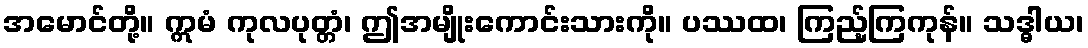
အမောင်တို့။ ဣမံ ကုလပုတ္တံ၊ ဤအမျိုးကောင်းသားကို။ ပဿထ၊ ကြည့်ကြကုန်။ သဒ္ဓါယ၊